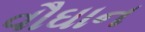
વૌઘાન